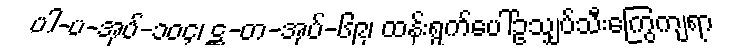
ပါ-ပ-အုပ်-၁၀၄၊ ဋ္ဌ-တ-အုပ်-၆၉၊ ထန်းရွက်ပေါ်ဥသျှပ်သီးကြွေကျရာ